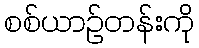
စစ်ယာဉ်တန်းကို